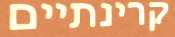
קרינתיים